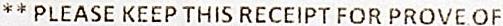
** PLEASE KEEP THIS RECEIPT FOR PROVE OF